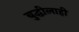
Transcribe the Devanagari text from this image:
बुद्धीलाही